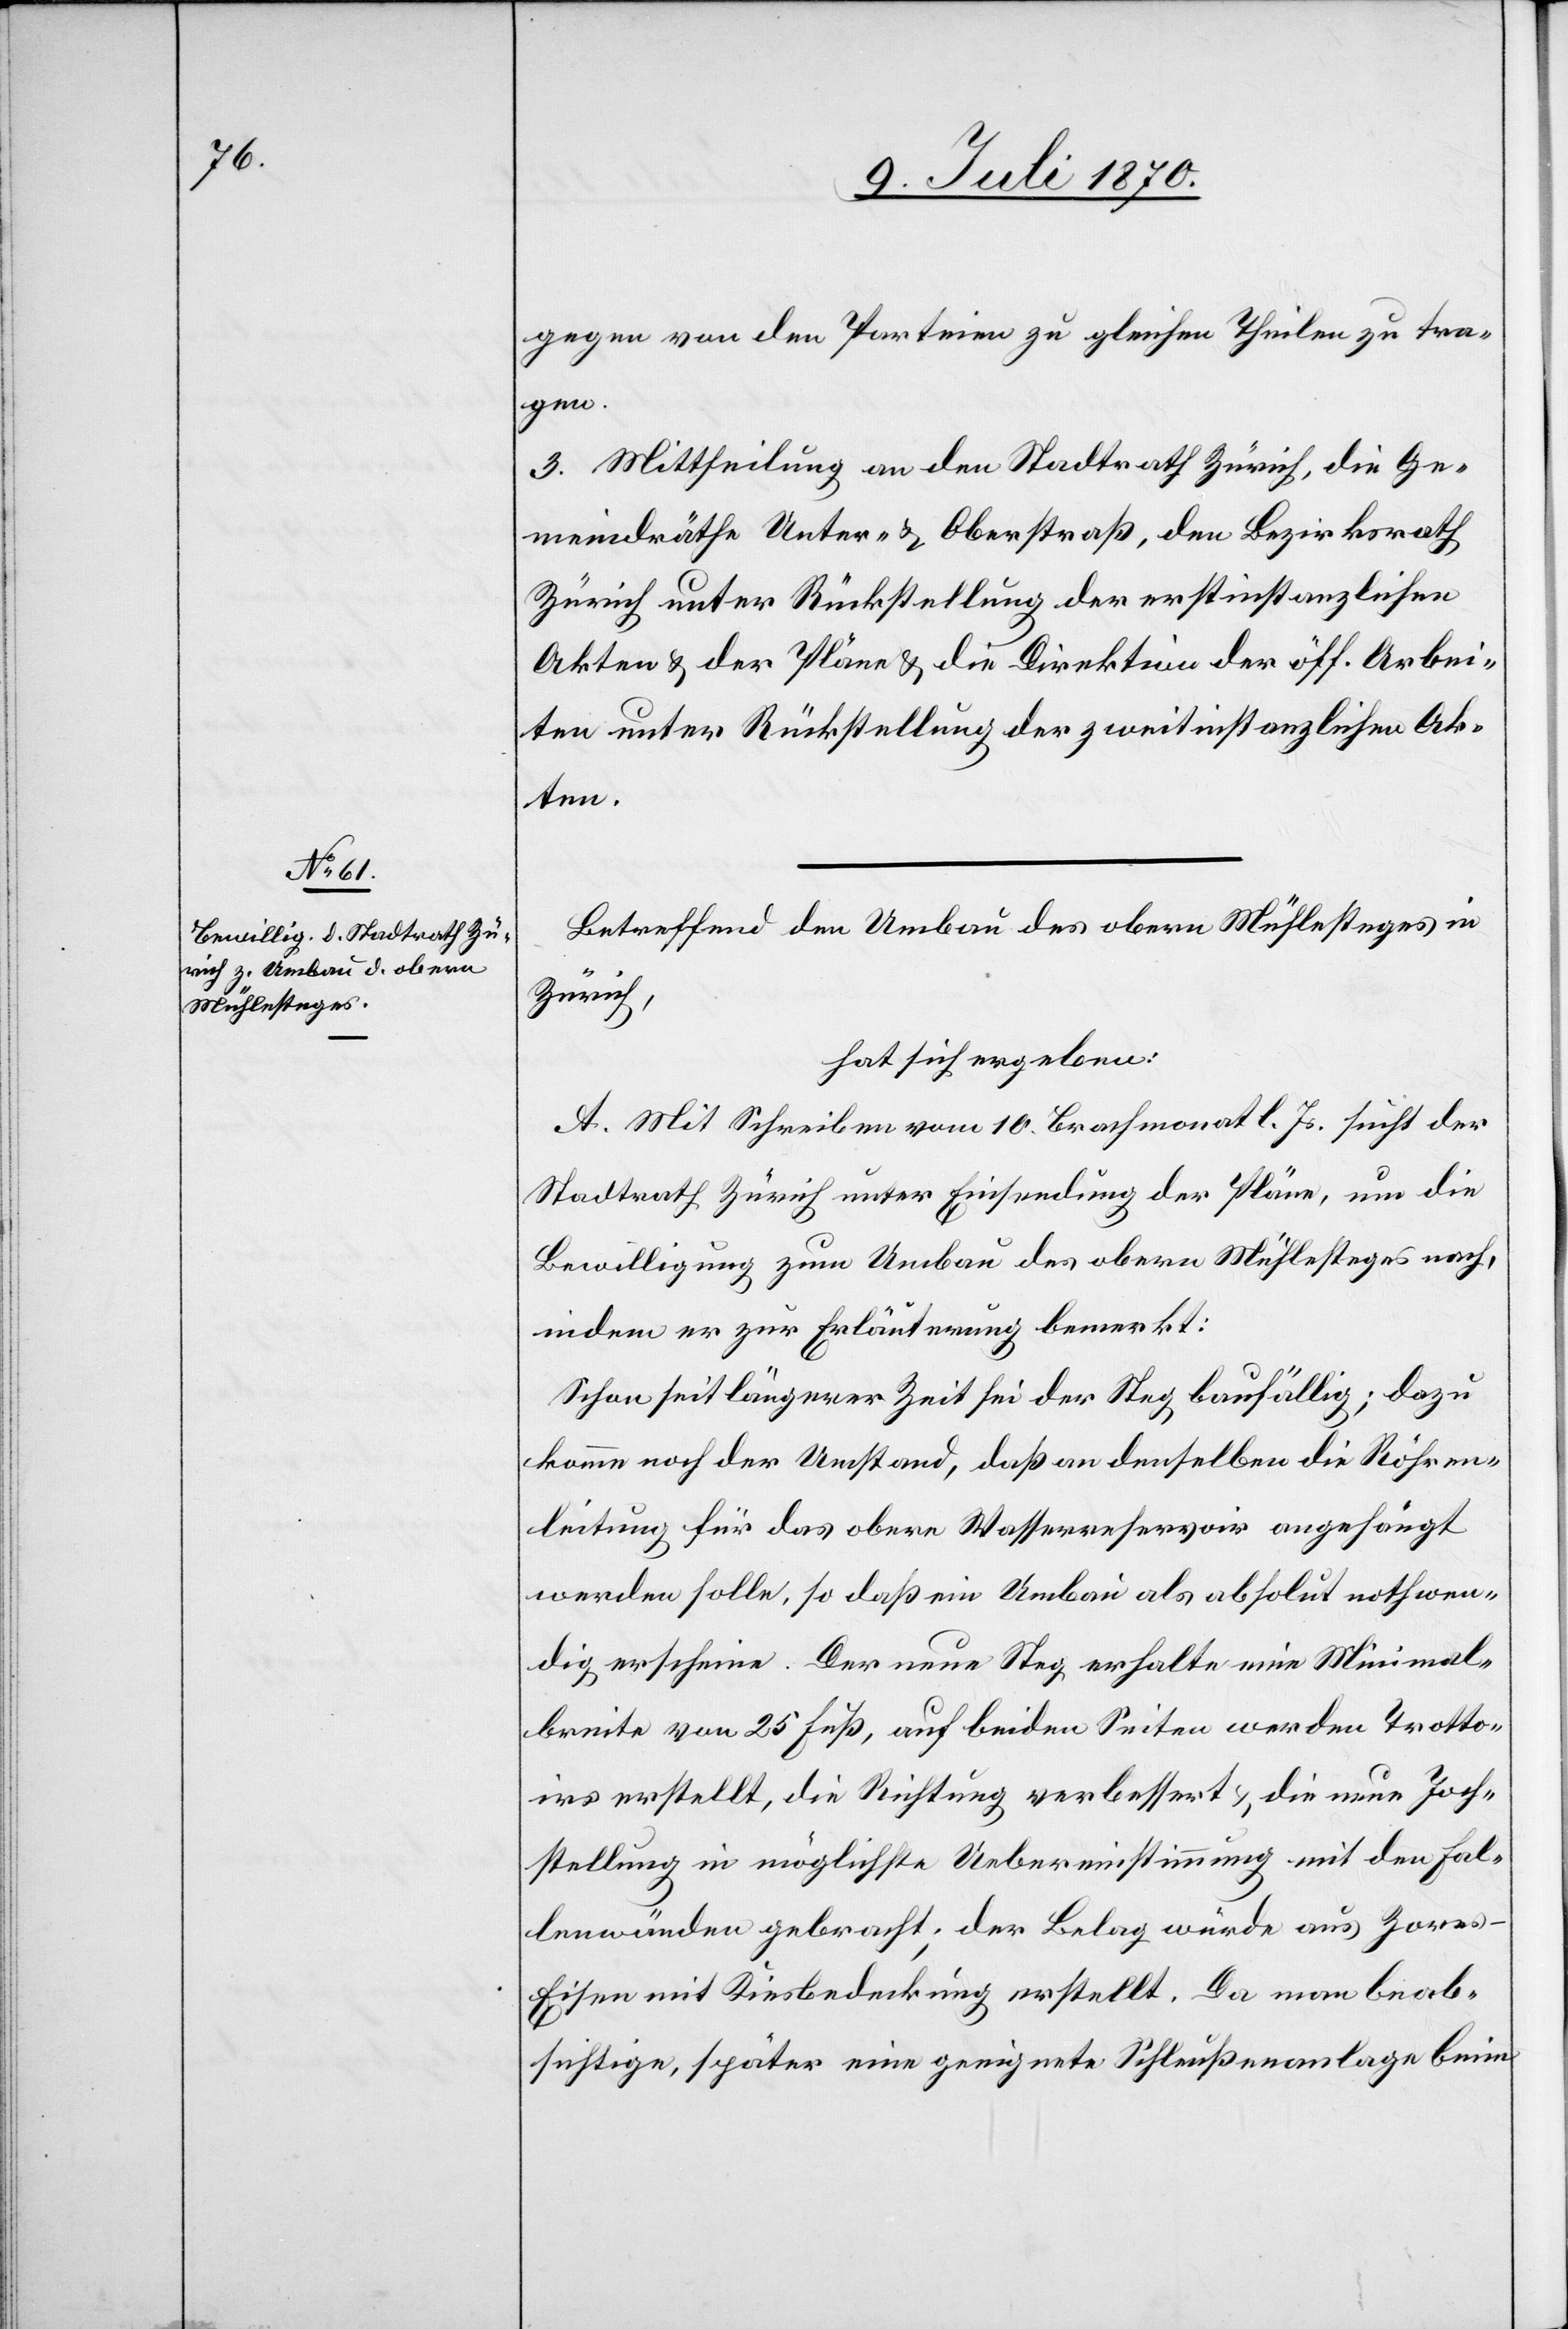
gegen von den Parteien zu gleichen Theilen zu tra¬
gen.
3. Mittheilung an den Stadtrath Zürich, die Ge¬
meindräthe Unter- & Oberstraß, den Bezirksrath
Zürich unter Rückstellung der erstinstanzlichen
Akten & der Pläne & die Direktion der öff. Arbei¬
ten unter Rückstellung der zweitinstanzlichen Ak¬
ten.